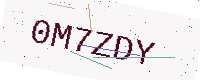
Text: 0M7ZDY